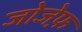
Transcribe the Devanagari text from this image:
जोजेफ़